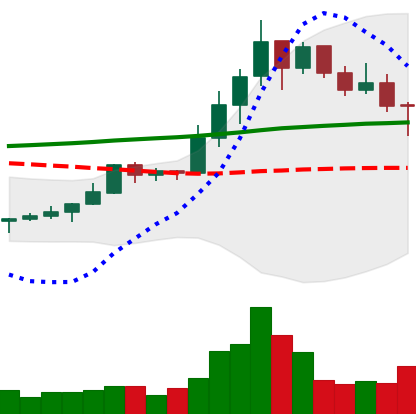
Ticker: LINK-USD
Chart end date: 2019-10-16
Forward return: 10.07%
Label: up_7plus